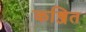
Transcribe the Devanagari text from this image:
कब्जित